Vaccination United Provinces of Agra and Oudh 1923-1928 - 1923-1928
Year: 1923
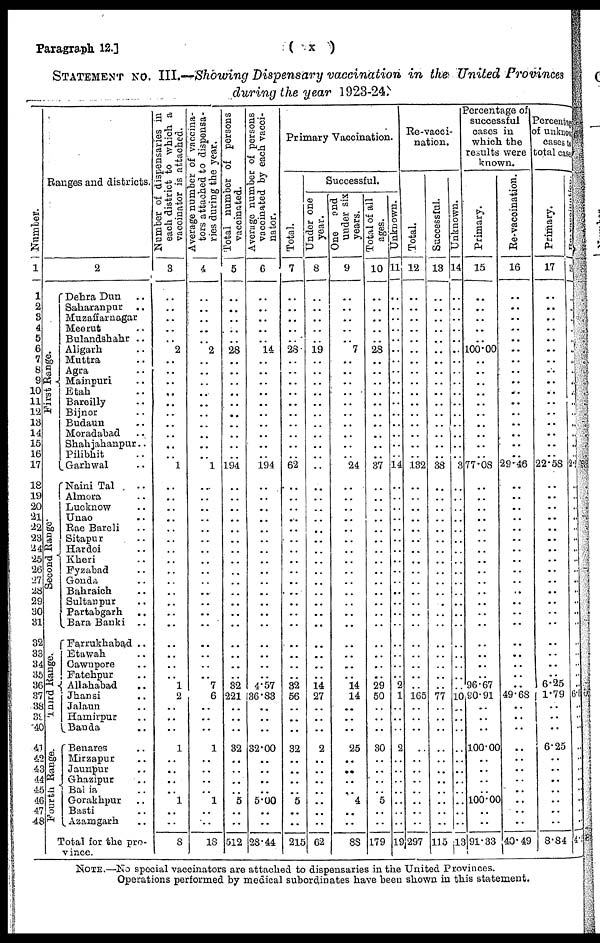
Paragraph 12.]
( x )
STATEMENT No. III.—Showing Dispensary vaccination in the United Provinces
during the year 1923-24.
Number.
1
1
2
3
4
5
6
7
8
9
10
11
12
13
14
15
16
17
18
19
20
21
22
23
24
25
26
27
28
29
30
31
32
33
34
35
36
37
38
39
40
41
42
43
44
45
46
47
48
Ranges and districts.
2
First Range.
Second Range
Third Range.
Fourth Range.
Dehra Dun ..
Saharanpur ..
Muzaffarnagar
Meerut ..
Bulandshahr ..
Aligarh ..
Muttra ..
Agra ..
Mainpuri ..
Etah ..
Bareilly ..
Bijnor ..
Budaun ..
Moradabad ..
Shahjahanpur..
Pilibhit ..
Garhwal ..
Naini Tal ..
Almora ..
Lucknow ..
Unao ..
Rae Bareli ..
Sitapur ..
Hardoi ..
Kheri ..
Fyzabad ..
Gonda ..
Bahraich ..
Sultanpur ..
Partabgarh ..
Bara Banki ..
Farrukhabad ..
Etawah ..
Cawnpore ..
Fatehpur ..
Allahabad ..
Jhansi ..
Jalaun ..
Hamirpur ..
Banda ..
Benares ..
Mirzapur ..
Jaunpur ..
Ghazipur ..
Ballia ..
Gorakhpur ..
Basti ..
Azamgarh ..
Total for the pro-
vince.
Number of dispensaries in
each district to which a
vaccinator is attached.
3
..
..
..
..
..
2
..
..
..
..
..
..
..
..
..
.. 1
..
..
..
..
..
..
..
..
..
..
..
..
..
..
..
..
..
..
1
2
..
..
..
1
..
..
..
..
1
..
..
8
Average number of vaccina¬
tors attached to dispensa-
ries during the year.
4
..
..
..
..
..
2
..
..
..
..
..
..
..
..
..
.. 1
..
..
..
..
..
..
..
..
..
..
..
..
..
..
..
..
..
..
7
6
..
..
..
1
..
..
..
.. 1
..
..
18
Total number of persons
vaccinated.
5
..
..
..
..
..
28
..
..
..
..
..
..
..
..
..
..
194
..
..
..
..
..
..
..
..
..
..
..
..
..
..
..
..
..
..
32
2.21
..
..
..
32
..
..
..
.. 5
..
..
512
Average number of persons
vaccinated by each vacci-
nator.
6
..
..
..
..
..
14
..
..
..
..
..
..
..
..
..
.. 194
..
..
..
..
..
..
..
..
..
..
..
..
..
..
..
..
..
..
4.57
36.83
..
..
..
32.00
..
..
..
..
5.00
..
..
28.44
Primary Vaccination.
Total.
7
..
..
..
..
..
28
..
..
..
..
..
..
..
..
..
..
62
..
..
..
..
..
..
..
..
..
..
..
..
..
..
..
..
..
..
32
56
..
..
..
32
..
..
..
..
5
..
..
215
Successful.
Under one
year.
8
..
..
..
..
..
19
..
..
..
..
..
..
..
..
..
..
..
..
..
..
..
..
..
..
..
..
..
..
..
..
..
..
..
..
..
14
27
..
..
..
2
..
..
..
..
..
..
..
62
One and
under six
years.
9
..
..
..
..
..
7
..
..
..
..
..
..
..
..
..
.. 24
..
..
..
..
..
..
..
..
..
..
..
..
..
..
..
..
..
..
14
14
..
..
..
25
..
..
..
.. 4
..
..
88
Total of all
ages.
10
..
..
..
..
..
28
..
..
..
..
..
..
..
..
..
..
37
..
..
..
..
..
..
..
..
..
..
..
..
..
..
..
..
..
..
29
50
..
..
..
30
..
..
..
.. 5
..
..
179
Unknown.
11
..
..
..
..
..
..
..
..
..
..
..
..
..
..
..
..
14
..
..
..
..
..
..
..
..
..
..
..
..
..
..
..
..
..
..
3
1
..
..
..
2
..
..
..
..
..
..
..
19
Re-vacci-
nation.
Total.
12
..
..
..
..
..
..
..
..
..
..
..
..
..
..
..
.. 132
..
..
..
..
..
..
..
..
..
..
..
..
..
..
..
..
..
..
..
165
..
..
..
..
..
..
..
..
..
..
..
297
Successful.
13
..
..
..
..
..
..
..
..
..
..
..
..
..
..
..
..
33
..
..
..
..
..
..
..
..
..
..
..
..
..
..
..
..
..
..
..
77
..
..
..
..
..
..
..
..
..
..
..
115
Unknown.
14
..
..
..
..
..
..
..
..
..
..
..
..
..
..
..
..
3
..
..
..
..
..
..
..
..
..
..
..
..
..
..
..
..
..
..
..
10
..
..
..
..
..
..
..
..
..
..
..
13
Percentage of
successful
cases in
which the
results were
known.
Primary.
15
..
..
..
..
..
100.00
..
..
..
..
..
..
..
..
..
..
77.08
..
..
..
..
..
..
..
..
..
..
..
..
..
..
..
..
..
..
96.67
90.91
..
..
..
100.00
..
..
..
..
100.00
..
..
91.33
Re-vaccination.
16
..
..
..
..
..
..
..
..
..
..
..
..
..
..
..
..
29.46
..
..
..
..
..
..
..
..
..
.. ..
..
..
..
..
..
..
..
..
49.63
..
..
..
..
..
..
..
..
..
..
..
40.49
Percentage
of unknown
cases t o
total cases
Primary.
17
..
.. ..
..
..
..
..
..
..
..
..
..
..
..
..
..
22.58
..
..
..
..
..
..
..
..
..
.. ..
..
..
..
..
..
..
..
6.25
1.79
..
..
..
6.25
....
..
..
..
..
..
..
8.84
Re-vaccination.
18
..
..
..
..
..
..
..
..
..
..
..
..
..
..
..
..
2. 7
..
..
..
..
..
..
..
..
..
..
..
..
..
..
..
..
..
..
..
6. 6
..
..
..
..
..
..
..
..
..
..
..
4.3
NOTE.—No special vaccinators are attached to dispensaries in the United Provinces.
Operations performed by medical subordinates have been shown in this statement.